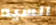
السيد